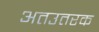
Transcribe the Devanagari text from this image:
अतउतरक